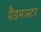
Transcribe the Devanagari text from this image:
ग्रैंडमास्‍टर